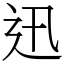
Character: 迅